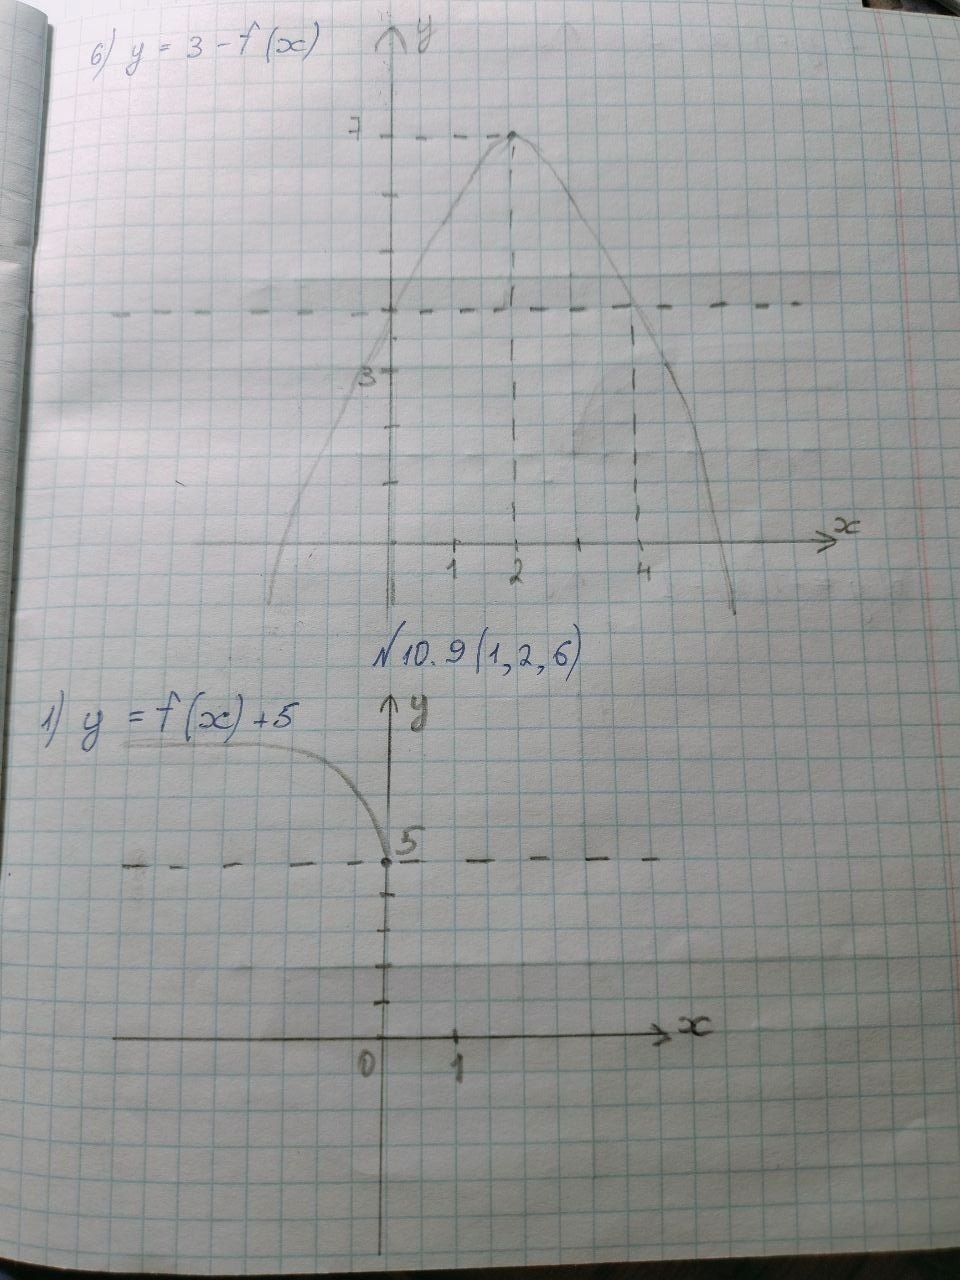
y = 3 - f(x)
№ 10.9 (1,2,6)
y = f(x) + 5